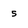
Character: 5